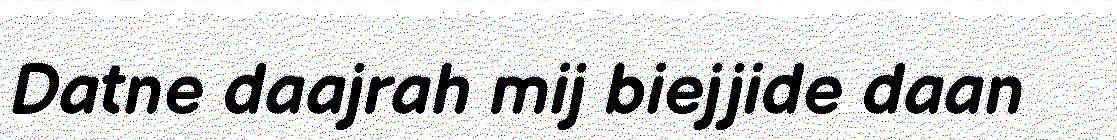
Datne daajrah mij biejjide daan